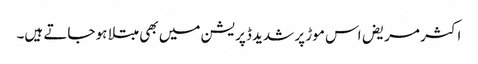
اکثر مریض اس موڑ پر شدید ڈپریشن میں بھی مبتلا ہو جاتے ہیں۔